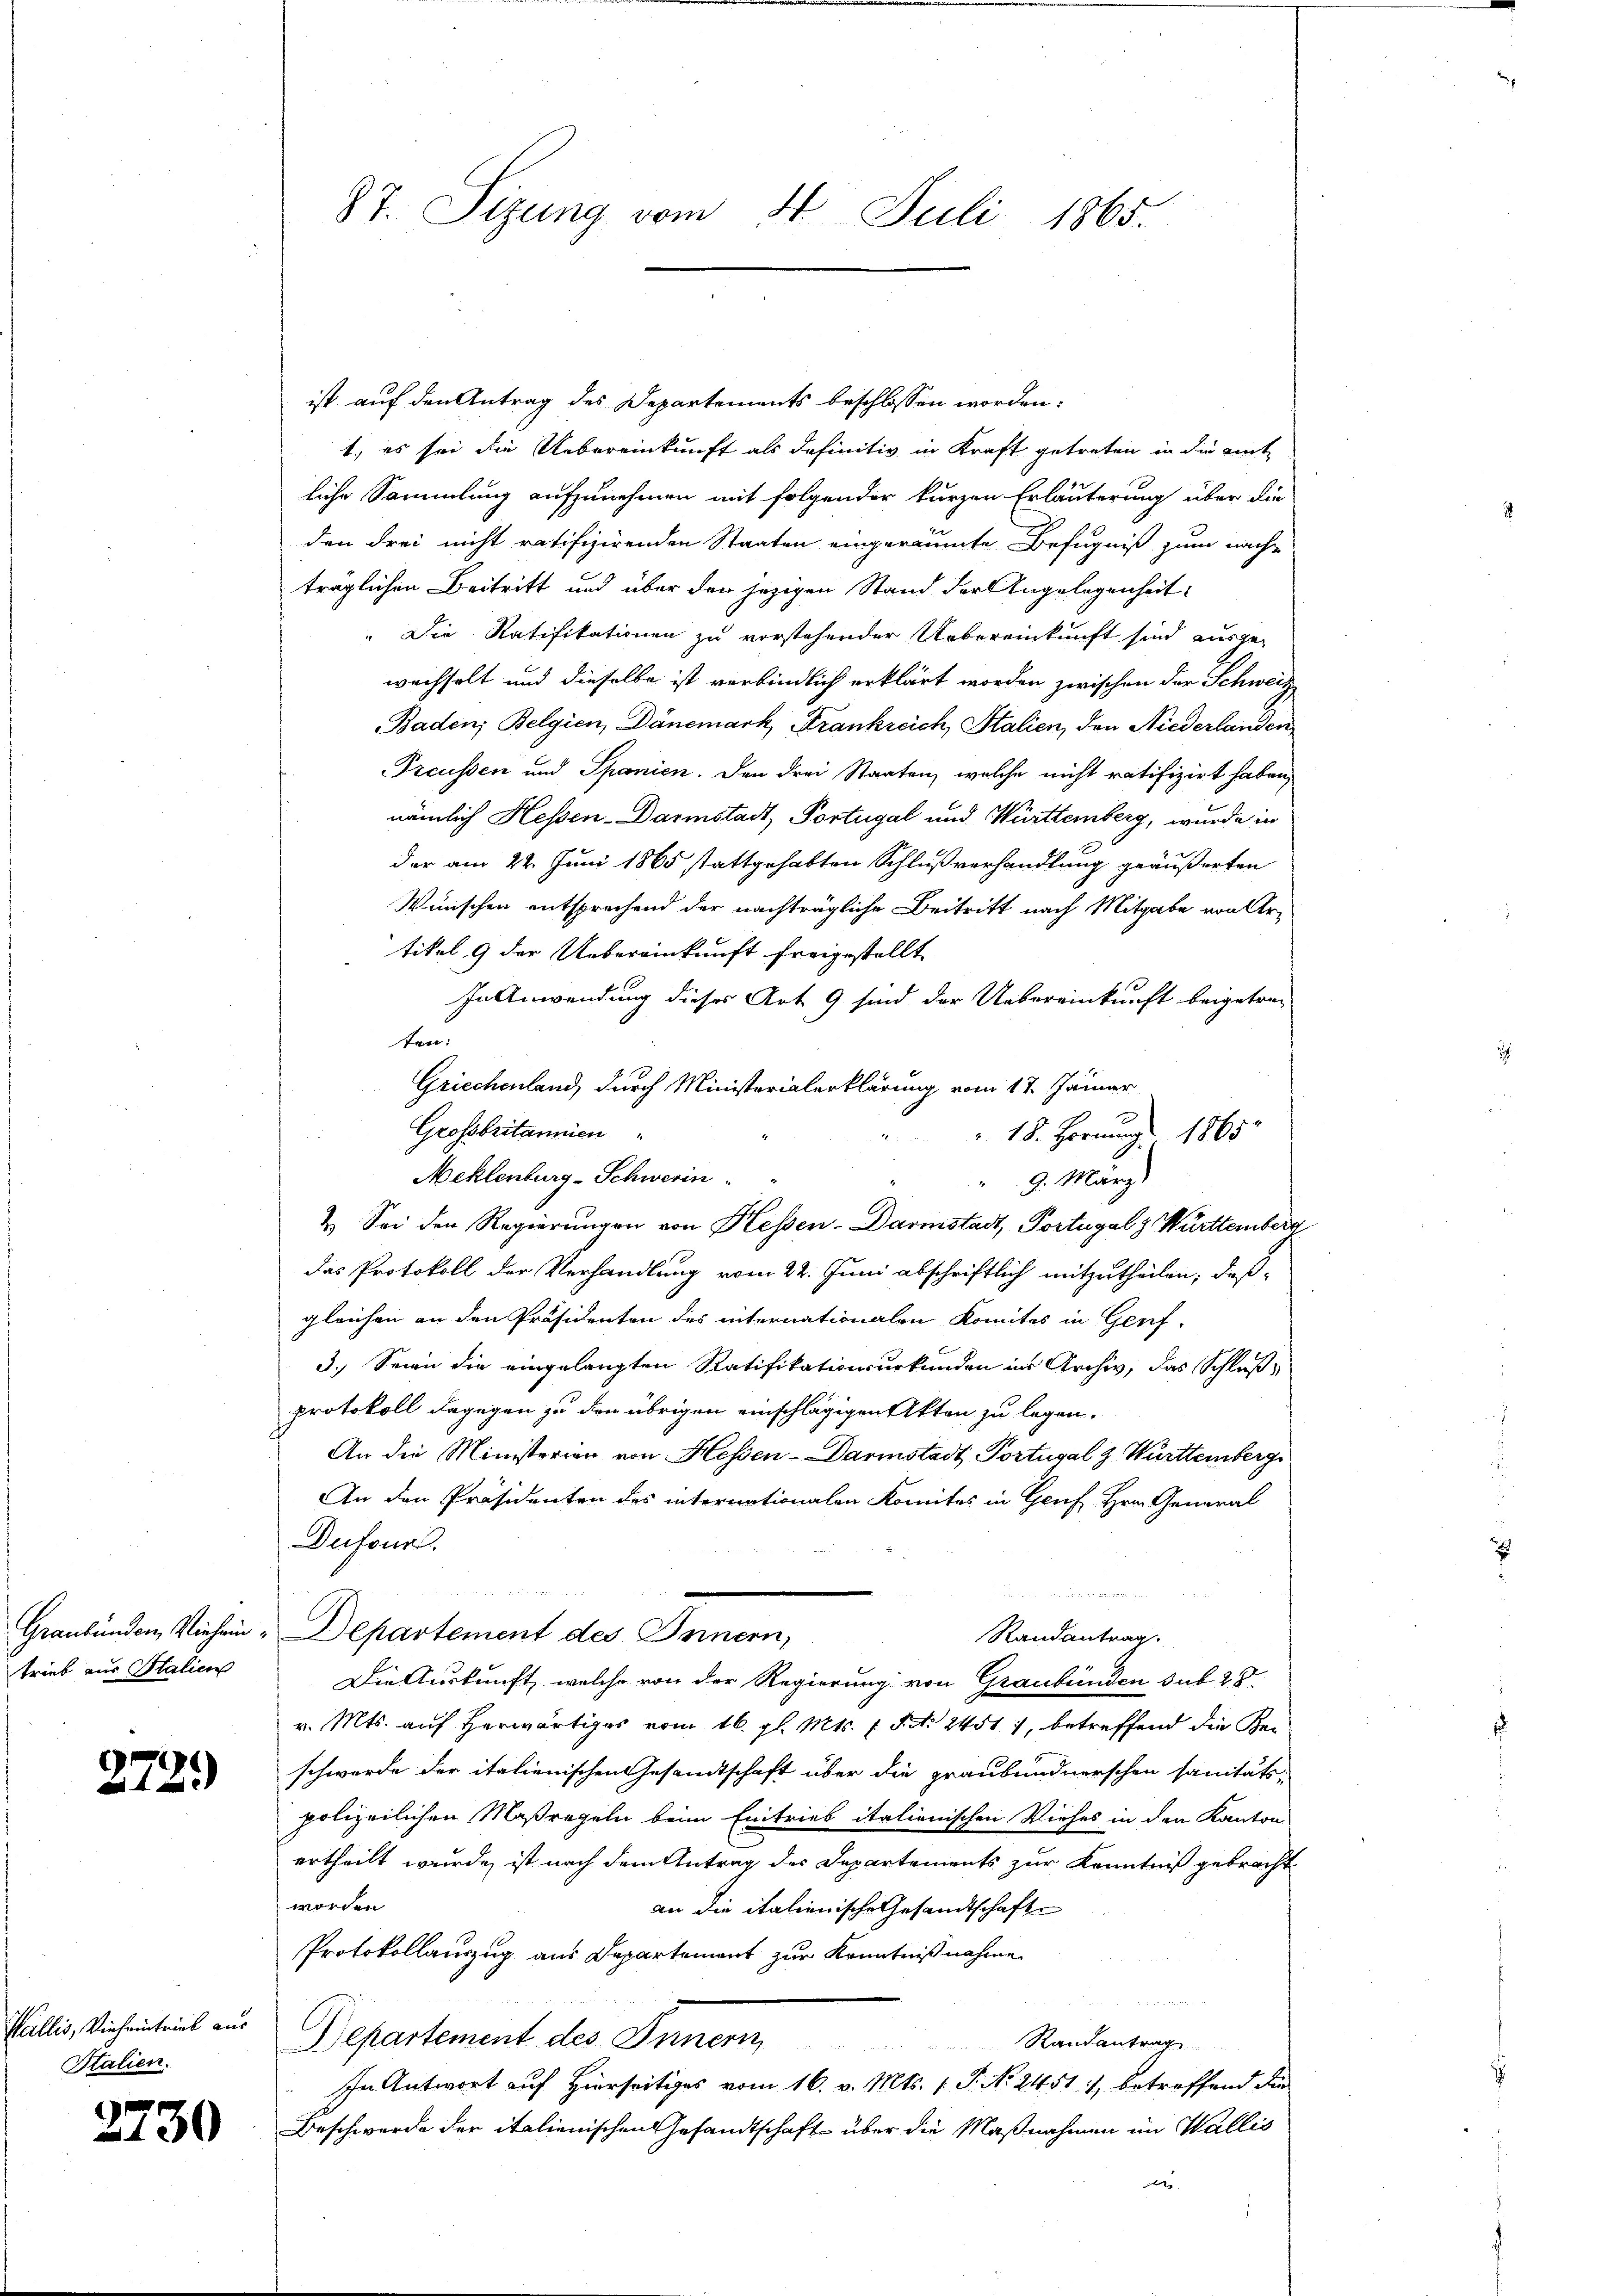
trieb aus Italien

Wallis, Vieheintrieb aus
Italien.

ist auf den Antrag des Departements beschlossen worden:
1., es sei die Uebereinkunft als definitiv in Kraft getreten in die ait
liche Sammlung aufzunehmen mit folgender kurzen Erläuterung über die
den drei nicht ratifizirenden Staaten eingeräumte Befugniß zum nach-
träglichen Beitritt und über den jezigen Stand der Angelegenheit
" Die Ratifikationen zu vorstehender Uebereinkunft sind ausge-
wechselt und dieselbe ist verbindlich erklärt worden zwischen der Schweiz
Baden; Belgien, Dänemark, Frankreich, Stalien, den Niederlanden
Preussen und Spanien. Den drei Staaten, welche nicht ratifizirt haben,
nämlich Hessen-Darmstadt, Portugal und Württemberg, wurde in
der am 22. Juni 1865 stattgehabten Schlußverhandlung geäußerten
Wünschen entsprechend der nachträgliche Beitritt nach Mitgabe von Urtikel, 9 der Uebereinkunft freigestellt
In Anwendung dieses Art. 9 sind der Uebereinkunft beigetretun
Griechenland, durch Ministerialerklärung vom 17. Jänner
Grossbritannien
 18. Hornung 1865.
Meklenburg-Schwerin
9. März
2. Sei den Regierungen von Hessen-Darmstadt, Portugalz Württemberg
das Protokoll der Verhandlung vom 22. Juni abschriftlich mitzutheilen, daß
gleichen an den Präsidenten des internationalen Komites in Genf
3.) Seien die eingelangten Ratifikationsurkunden ins Archiv, das Schlußprotokoll dagegen zu den übrigen einschlägigen Akten zu legen.
An die Ministerien von Hessen-Darmstadt Portugal Z. Württembergi
An den Präsidenten des internationalen Komites in Genf Hrn. General-
Dufour.
2.  Fr. 24

Graubünden, Viehen. Departement des Innern,
Randantrag.
Die Auskunft, welche von der Regierung von Graubünden sub 28.
v. Mts. auf herwärtiges vom 16. gl. Mts. f. S. 2451, betreffend die Be¬
 schwerde der italienischen Gesandtschaft über die graubündnerschen sanitätspolizeilichen Maßregeln beim Eintrieb italienischen Viehes in den Kanton
ertheilt wurde, ist nach dem Antrag des Departements zur Kenntniß gebracht
worden
an die italienische Gesandtschafte
Protokollauszug aus Departement zur Kenntnißnahme
Departement des Innern,
Randantrag
In Antwort auf Hierseitiges vom 16. v. Mts. 1. P. No 24. 517, betreffend die
 Beschwerde der italienischen Gesandtschaft über die Maßnahmen im Wallis
e

87. Sizung vom 4. Juli 1865.